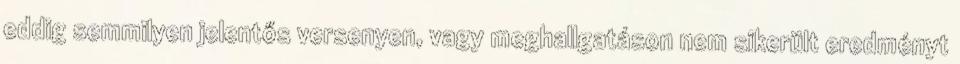
eddig semmilyen jelentős versenyen, vagy meghallgatáson nem sikerült eredményt